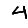
Digit: 4